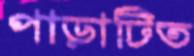
পাড়াটিত